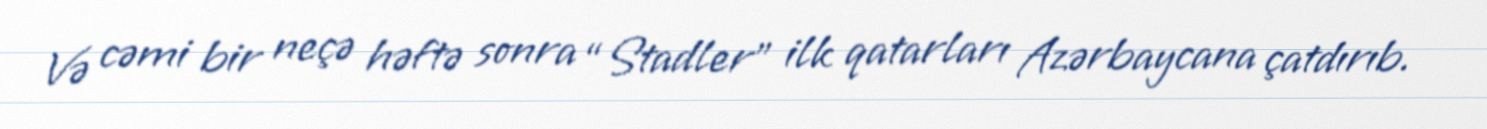
Və cəmi bir neçə həftə sonra “Stadler” ilk qatarları Azərbaycana çatdırıb.